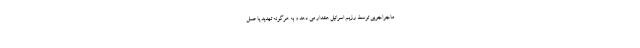
ماجراجویی توسط رژیم اسرائیل هشدار می دهد و به هرگونه تهدید یا عمل